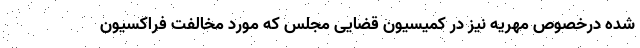
شده درخصوص مهریه نیز در کمیسیون قضایی مجلس که مورد مخالفت فراکسیون